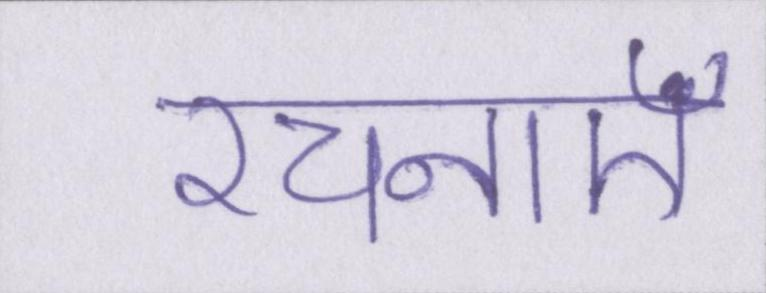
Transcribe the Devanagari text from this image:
रचनाएँ